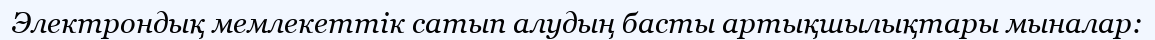
Электрондық мемлекеттік сатып алудың басты артықшылықтары мыналар: